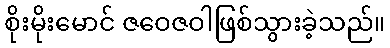
စိုးမိုးမောင် ဇဝေဇဝါဖြစ်သွားခဲ့သည်။